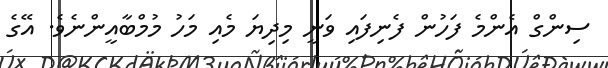
ސިންގް އެންމެ ފަހުން ފެނިފައި ވަނީ މިދިޔަ މެއި މަހު މުމްބާއީންނެވެ. އޭގެ